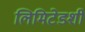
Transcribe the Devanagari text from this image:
लिमिटेडशी